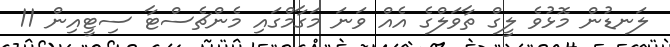
ލަނޑުން މޮޅުވެ ލީގް ތާވަލްގެ އެއް ވަނަ މަގާމްގައި މެންޗެސްޓާ ސިޓީއިން 11